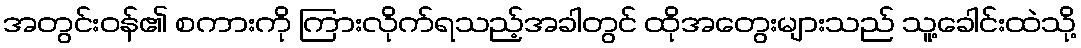
အတွင်းဝန်၏ စကားကို ကြားလိုက်ရသည့်အခါတွင် ထိုအတွေးများသည် သူ့ခေါင်းထဲသို့